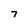
Character: 7